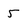
Character: 5